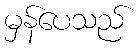
မှန်ပေသည်